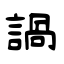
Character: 諣